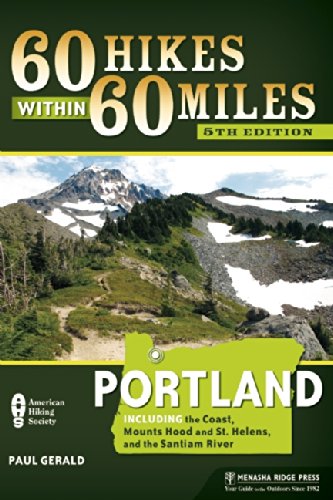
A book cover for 60 Hikes Within 60 Miles: Portland: Including the Coast, Mount Hood, St. Helens, and the Santiam River; Paul Gerald; Health, Fitness & Dieting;